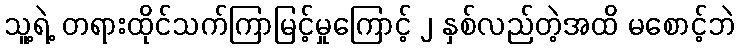
သူ့ရဲ့ တရားထိုင်သက်ကြာမြင့်မှုကြောင့် ၂ နှစ်လည်တဲ့အထိ မစောင့်ဘဲ